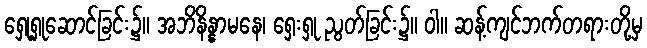
ရှေု့ရှုဆောင်ခြင်း၌။ အဘိနိန္နာမနေ၊ ရှေးရှု ညွတ်ခြင်း၌။ ဝါ။ ဆန့်ကျင်ဘက်တရားတို့မှ